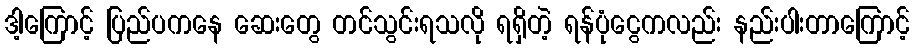
ဒါ့ကြောင့် ပြည်ပကနေ ဆေးတွေ တင်သွင်းရသလို ရရှိတဲ့ ရန်ပုံငွေကလည်း နည်းပါးတာကြောင့်